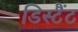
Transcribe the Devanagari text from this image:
डिस्टैंट